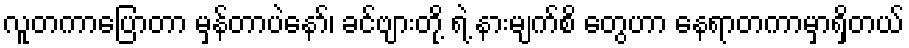
လူတကာပြောတာ မှန်တာပဲနော်၊ ခင်ဗျားတို့ ရဲ့ နားမျက်စိ တွေဟာ နေရာတကာမှာရှိတယ်